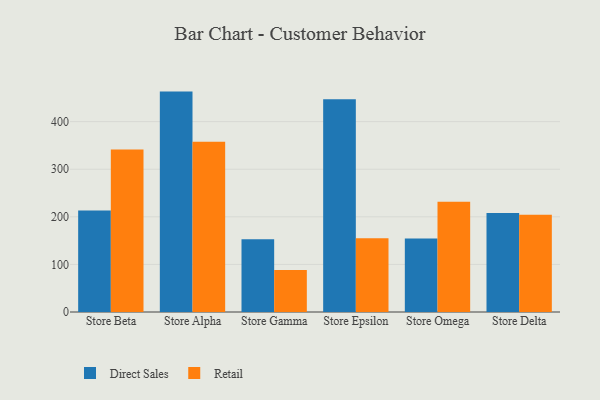
{"axis": {"x": "Store", "y": "Bounce Rate (%)"}, "legend": ["Direct Sales", "Retail"], "data": [{"x": "Store Beta", "y": 213.1, "type": "Direct Sales"}, {"x": "Store Beta", "y": 341.6, "type": "Retail"}, {"x": "Store Alpha", "y": 463.1, "type": "Direct Sales"}, {"x": "Store Alpha", "y": 357.8, "type": "Retail"}, {"x": "Store Gamma", "y": 152.7, "type": "Direct Sales"}, {"x": "Store Gamma", "y": 88.0, "type": "Retail"}, {"x": "Store Epsilon", "y": 447.1, "type": "Direct Sales"}, {"x": "Store Epsilon", "y": 154.9, "type": "Retail"}, {"x": "Store Omega", "y": 154.3, "type": "Direct Sales"}, {"x": "Store Omega", "y": 231.6, "type": "Retail"}, {"x": "Store Delta", "y": 208.0, "type": "Direct Sales"}, {"x": "Store Delta", "y": 204.5, "type": "Retail"}]}